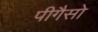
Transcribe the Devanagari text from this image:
पीगैसो